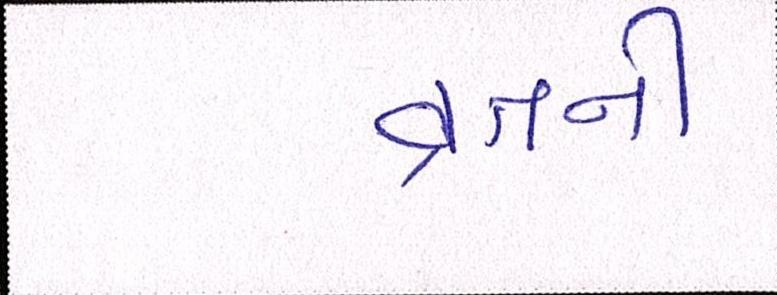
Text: વ્રતની